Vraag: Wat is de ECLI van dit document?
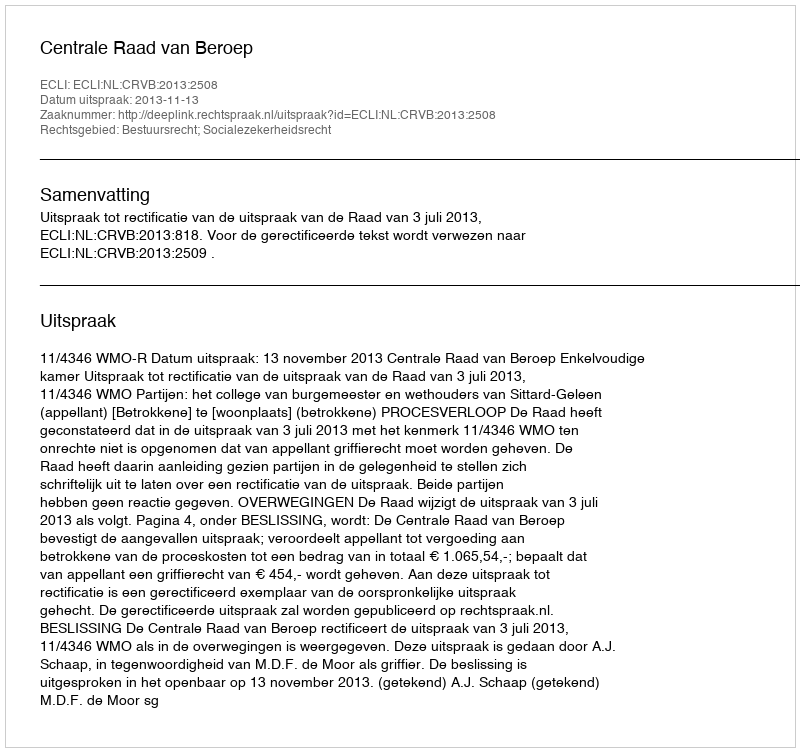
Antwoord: ECLI:NL:CRVB:2013:2508